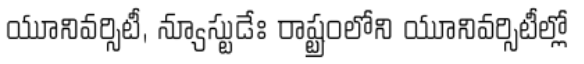
యూనివర్సిటీ, న్యూస్టుడేః రాష్ట్రంలోని యూనివర్సిటీల్లో